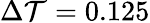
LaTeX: \Delta\mathcal{T}=0.125